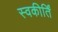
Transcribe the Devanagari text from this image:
स्वकीर्तिं